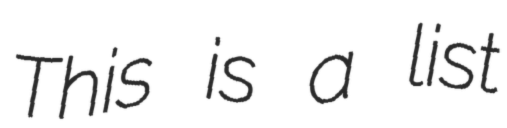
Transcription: This is a list